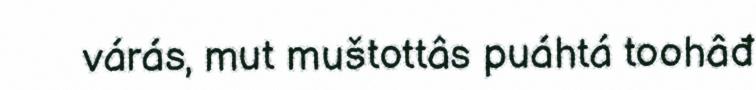
várás, mut muštottâs puáhtá toohâđ